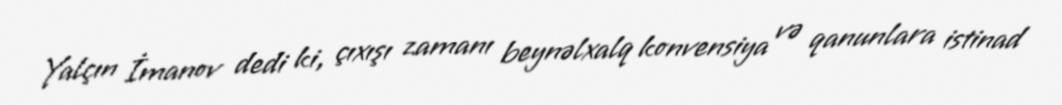
Yalçın İmanov dedi ki, çıxışı zamanı beynəlxalq konvensiya və qanunlara istinad